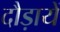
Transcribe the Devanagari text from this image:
दौड़ायें